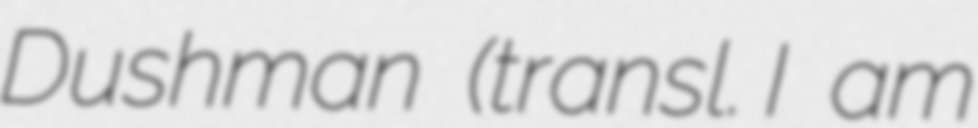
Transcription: Dushman (transl. I am